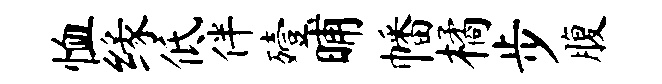
恤缘低伴殪晡幡橘步腹